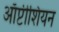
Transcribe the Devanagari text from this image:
ऑप्टीशियन